Civil Veterinary Dept. Bombay admin report 1923-31 - 1923-1931
Year: 1923
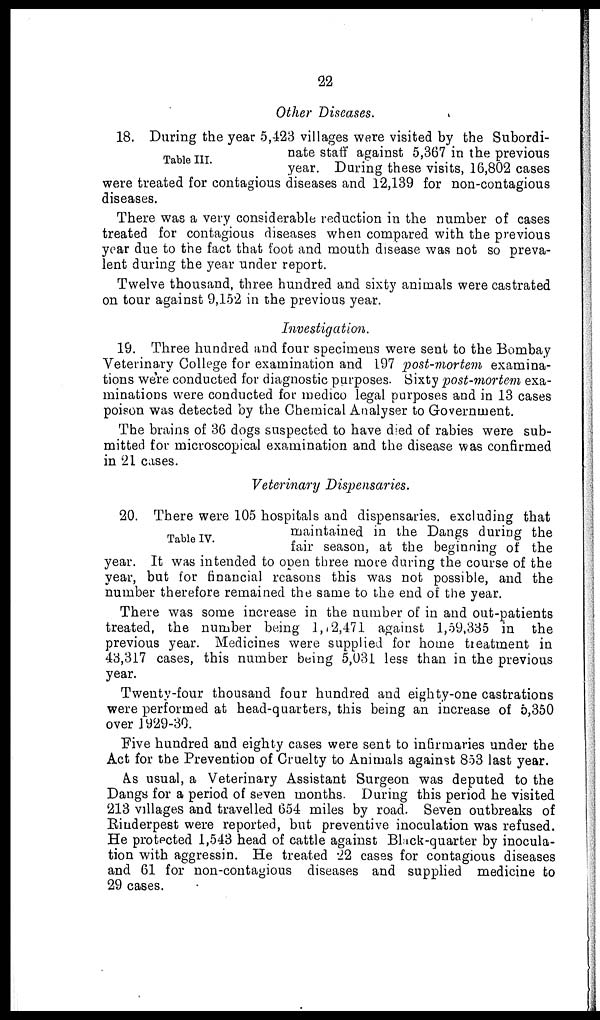
22
Other Diseases.
Table III.
18. During the year 5,423 villages were visited by the Subordi-
nate staff against 5,367 in the previous
year. During these visits, 16,802 cases
were treated for contagious diseases and 12,139 for non-contagious
diseases.
There was a very considerable reduction in the number of cases
treated for contagious diseases when compared with the previous
year due to the fact that foot and mouth disease was not so preva-
lent during the year under report.
Twelve thousand, three hundred and sixty animals were castrated
on tour against 9,152 in the previous year.
Investigation.
19. Three hundred and four specimens were sent to the Bombay
Veterinary College for examination and 197 post-mortem examina-
tions were conducted for diagnostic purposes. Sixty post-mortem exa-
minations were conducted for medico legal purposes and in 13 cases
poison was detected by the Chemical Analyser to Government.
The brains of 36 dogs suspected to have died of rabies were sub-
mitted for microscopical examination and the disease was confirmed
in 21 cases.
Veterinary Dispensaries.
Table IV.
20. There were 105 hospitals and dispensaries excluding that
maintained in the Dangs during the
fair season, at the beginning of the
year. It was intended to open three more during the course of the
year, but for financial reasons this was not possible, and the
number therefore remained the same to the end of the year.
There was some increase in the number of in and out-patients
treated, the number being 1,12,471 against 1,59,335 in the
previous year. Medicines were supplied for home treatment in
43,317 cases, this number being 5,031 less than in the previous
year.
Twenty-four thousand four hundred and eighty-one castrations
were performed at head-quarters, this being an increase of 5,350
over 1929-30.
Five hundred and eighty cases were sent to infirmaries under the
Act for the Prevention of Cruelty to Animals against 853 last year.
As usual, a Veterinary Assistant Surgeon was deputed to the
Dangs for a period of seven months. During this period he visited
213 villages and travelled 654 miles by road. Seven outbreaks of
Rinderpest were reported, but preventive inoculation was refused.
He protected 1,543 head of cattle against Black-quarter by inocula-
tion with aggressin. He treated 22 cases for contagious diseases
and 61 for non-contagious diseases and supplied medicine to
29 cases.